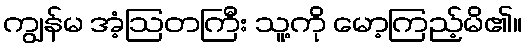
ကျွန်မ အံ့ဩတကြီး သူ့ကို မော့ကြည့်မိ၏။